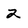
Character: 2